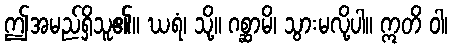
ဤအမည်ရှိသူ၏။ ဃရံ၊ သို့။ ဂစ္ဆာမိ၊ သွားမလို့ပါ။ ဣတိ ဝါ၊